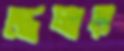
স্ত্রেলার